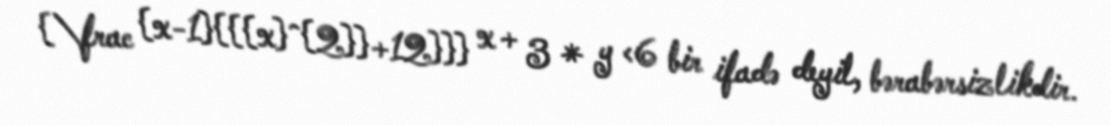
{\frac {x-1}{{{x}^{2}}+12}}} x + 3 * y <6 bir ifadə deyil, bərabərsizlikdir.